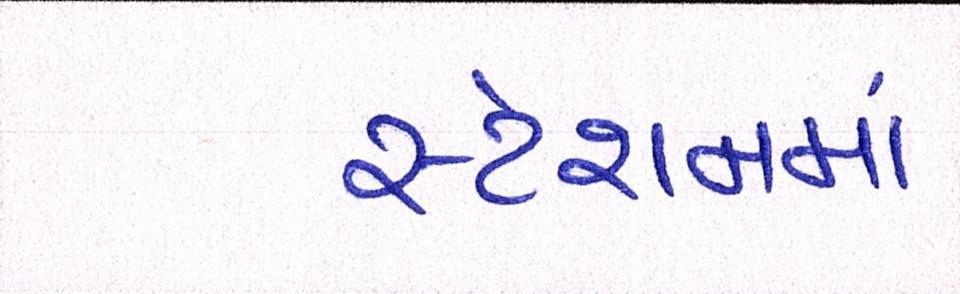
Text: સ્ટેશનમાં